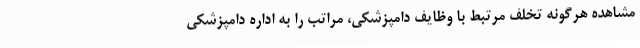
مشاهده هرگونه تخلف مرتبط با وظایف دامپزشکی، مراتب را به اداره دامپزشکی